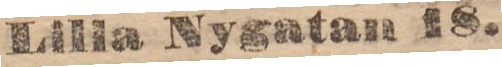
Lilla Nygatan 20.